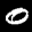
Label: 0